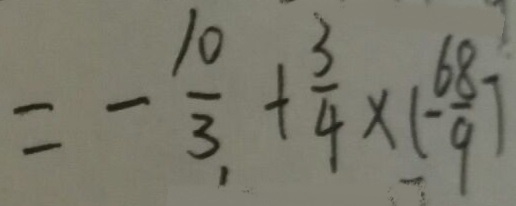
= - \frac { 1 0 } { 3 } + \frac { 3 } { 4 } \times ( - \frac { 6 8 } { 9 } )